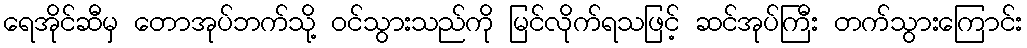
ရေအိုင်ဆီမှ တောအုပ်ဘက်သို့ ဝင်သွားသည်ကို မြင်လိုက်ရသဖြင့် ဆင်အုပ်ကြီး တက်သွားကြောင်း